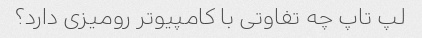
لپ تاپ چه تفاوتی با کامپیوتر رومیزی دارد؟